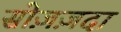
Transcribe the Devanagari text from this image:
सोज़ज़दा